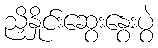
ညှိနှိုင်းဆွေးနွေးပွဲ